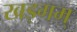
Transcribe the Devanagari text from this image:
खड्गम्